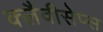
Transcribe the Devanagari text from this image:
क्लैवीसेप्स